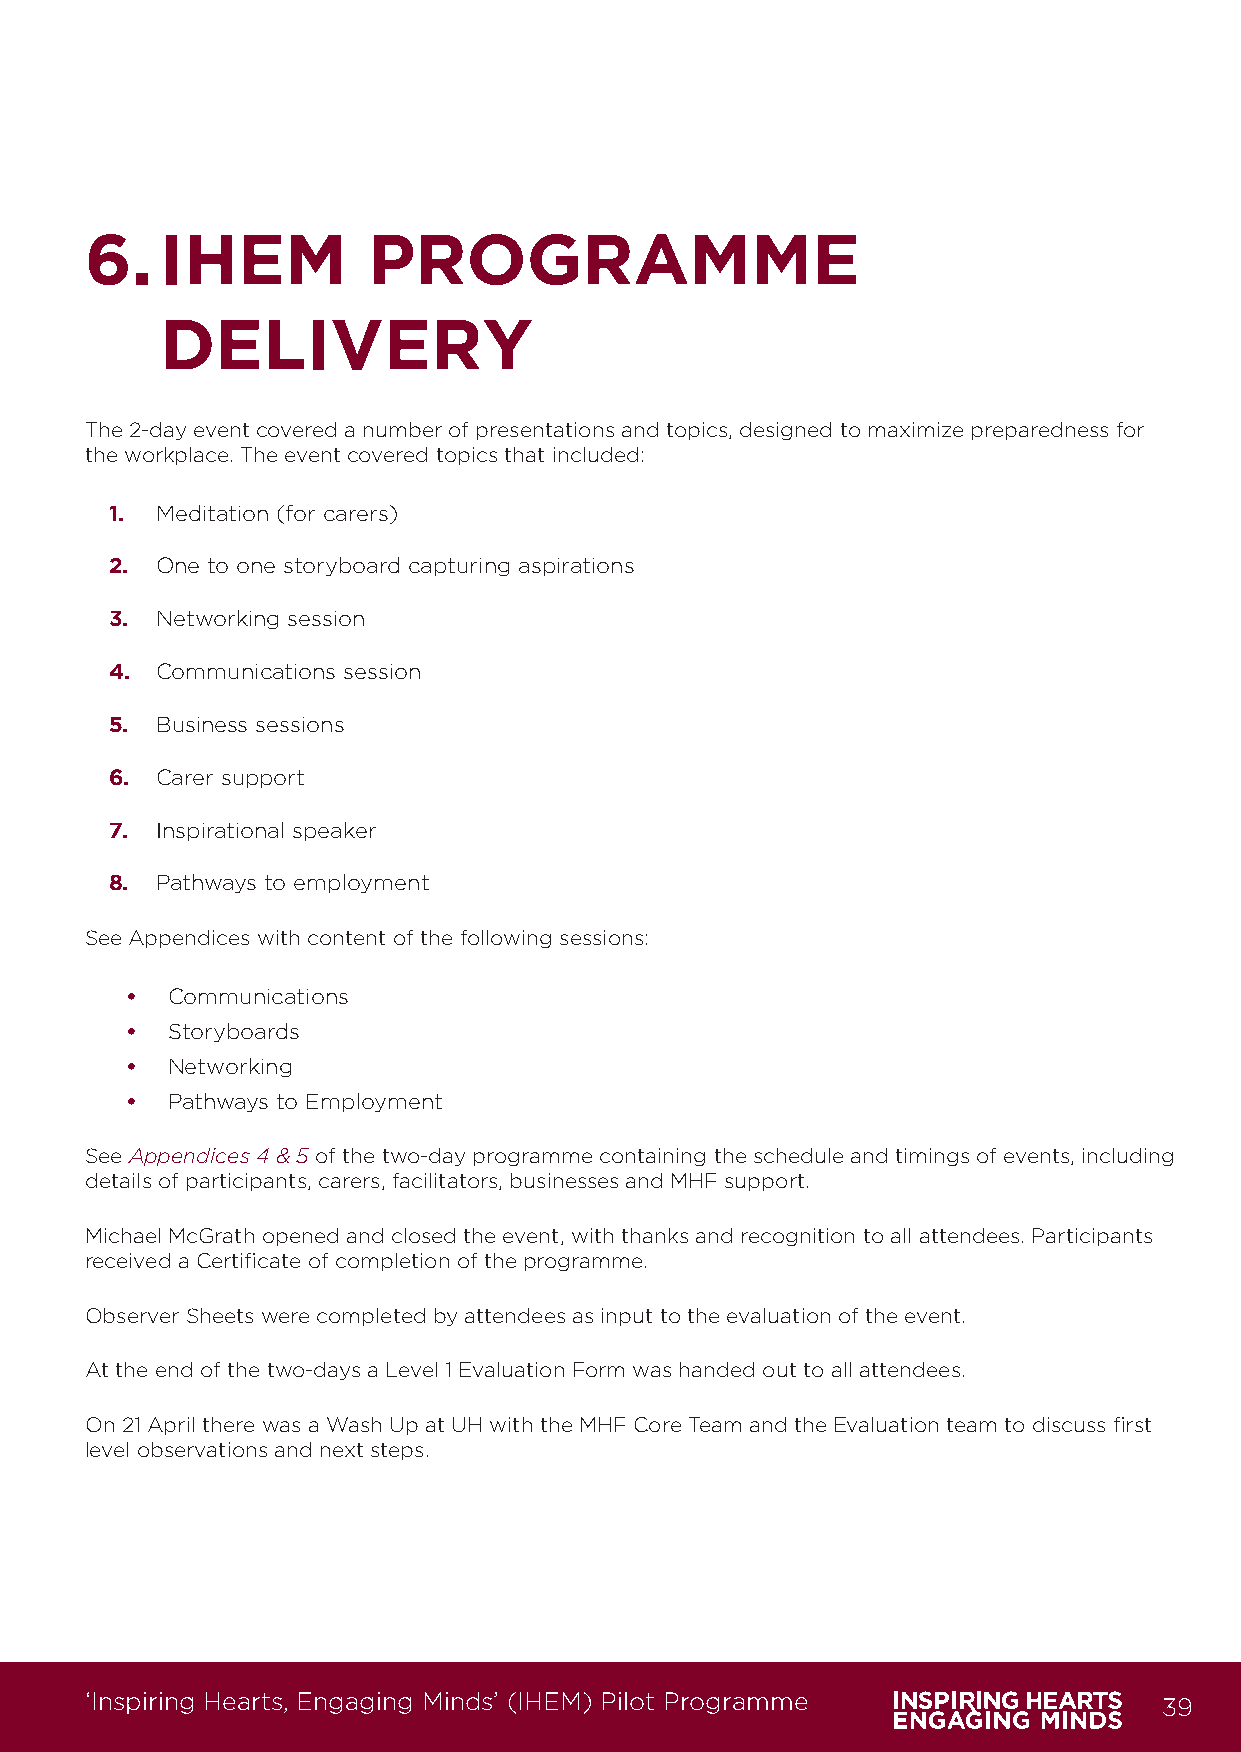
6.   IHEM         PROGRAMME
 DELIVERY
 The 2-day event covered a number of presentations and topics, designed to maximize preparedness for
 the workplace. The event covered topics that included:
 1. Meditation (for carers)
 2. One to one storyboard capturing aspirations
 3. Networking session
 4. Communications session
 5. Business sessions
 6. Carer support
 7. Inspirational speaker
 8. Pathways to employment
 See Appendices with content of the following sessions:
 •  Communications
 •  Storyboards
 •  Networking
 •  Pathways to Employment
 See Appendices 4 & 5 of the two-day programme containing the schedule and timings of events, including
 details of participants, carers, facilitators, businesses and MHF support.
 Michael McGrath opened and closed the event, with thanks and recognition to all attendees. Participants
 received a Certificate of completion of the programme.
 Observer Sheets were completed by attendees as input to the evaluation of the event.
 At the end of the two-days a Level 1 Evaluation Form was handed out to all attendees.
 On 21 April there was a Wash Up at UH with the MHF Core Team and the Evaluation team to discuss first
 level observations and next steps.
 ‘Inspiring Hearts, Engaging Minds’ (IHEM) Pilot Programme              39
 IHEM-Evaluation-Summary-Report_Brand Compliant.indd 39                  29/09/2020 06:59:27